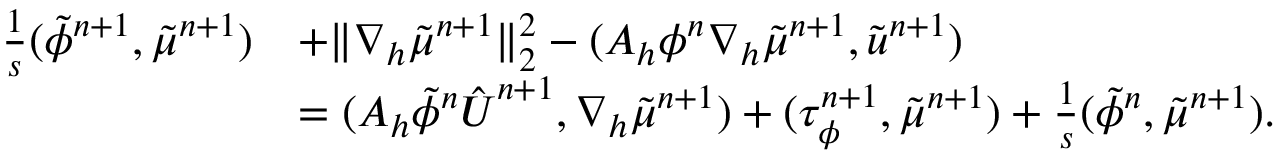
\begin{array} { r l } { \frac { 1 } { s } ( \tilde { \phi } ^ { n + 1 } , \tilde { \mu } ^ { n + 1 } ) } & { + \| \nabla _ { h } \tilde { \mu } ^ { n + 1 } \| _ { 2 } ^ { 2 } - ( A _ { h } \phi ^ { n } \nabla _ { h } \tilde { \mu } ^ { n + 1 } , \tilde { \boldsymbol { u } } ^ { n + 1 } ) } \\ & { = ( A _ { h } \tilde { \phi } ^ { n } \hat { \boldsymbol { U } } ^ { n + 1 } , \nabla _ { h } \tilde { \mu } ^ { n + 1 } ) + ( \tau _ { \phi } ^ { n + 1 } , \tilde { \mu } ^ { n + 1 } ) + \frac { 1 } { s } ( \tilde { \phi } ^ { n } , \tilde { \mu } ^ { n + 1 } ) . } \end{array}